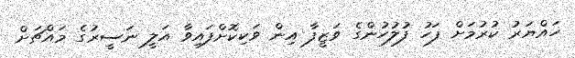
ހައްޔަރު ކުރުމަށް ފަހު ފުލުހުންގެ ވަޒީފާ އިން ވަކިކޮށްފައިވާ އަލީ ނަސީރުގެ މައްޗަށް